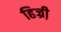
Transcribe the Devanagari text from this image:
हिज्री़